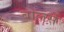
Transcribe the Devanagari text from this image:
बोलसें